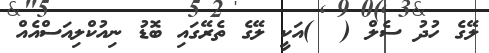
ލޭގެ ހުދު ސެލް (  )އަކީ ލޭގެ ތެރޭގައި ބޮޑު ނިއުކްލިއަސްއެއް